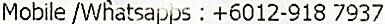
MOBILE /WHATSAPPS : +6012-918 7937